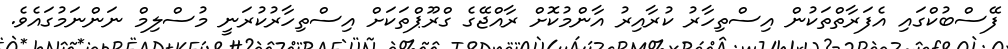
ފޭސްބުކްގައި އެފަރާތްތަކުން އިސްތިހާރު ކުރާއިރު އާންމުކޮށް ރާއްޖޭގެ ގްރޫޕްތަކަށް އިސްތިހާރުކުރަނީ މުސްލިމް ނަންނަމުގައެވެ.